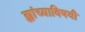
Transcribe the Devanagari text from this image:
ह्यांच्याविषयी